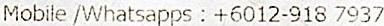
MOBILE /WHATSAPPS : +6012-918 7937